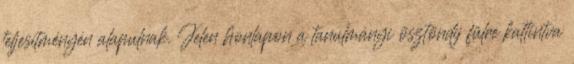
teljesítményén alapulnak. Jelen honlapon a tanulmányi ösztöndíj fülre kattintva